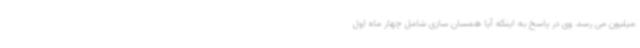
میلیون می رسد. وی در پاسخ به اینکه آیا همسان سازی شامل چهار ماه اول